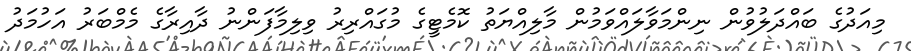
މިއަދުގެ ބައްދަލުވުން ނިންމަވާލައްވަމުން މާލިއްޔަތު ކޮމެޓީގެ މުގައްރިރު ވިލިމާފަންނު ދާއިރާގެ މެމްބަރު އަހުމަދު